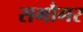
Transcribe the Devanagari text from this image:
समौगर